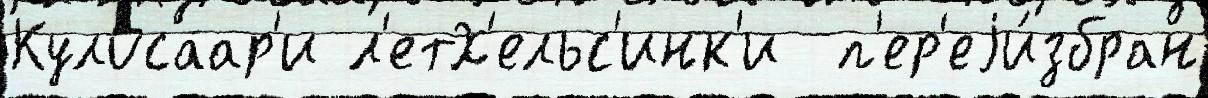
Кулосаар'и л'етХ'ельс'инк'и  п'ер'еjи́збран